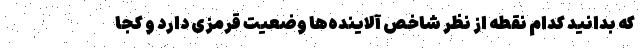
که بدانید کدام نقطه از نظر شاخص آلاینده‌ها وضعیت قرمزی دارد و کجا